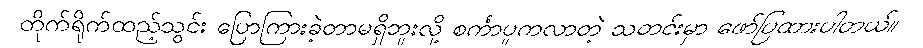
တိုက်ရိုက်ထည့်သွင်း ပြောကြားခဲ့တာမရှိဘူးလို့ စင်္ကာပူကလာတဲ့ သတင်းမှာ ဖော်ပြထားပါတယ်။